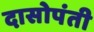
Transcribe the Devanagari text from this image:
दासोपंती